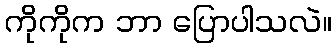
ကိုကိုက ဘာ ပြောပါသလဲ။